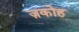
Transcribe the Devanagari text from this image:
ज़कोह